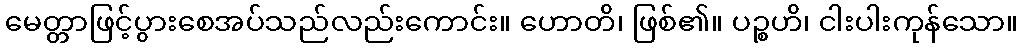
မေတ္တာဖြင့်ပွားစေအပ်သည်လည်းကောင်း။ ဟောတိ၊ ဖြစ်၏။ ပဉ္စဟိ၊ ငါးပါးကုန်သော။